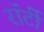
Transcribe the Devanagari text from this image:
रॉर्टी